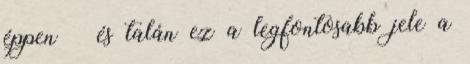
éppen – és talán ez a legfontosabb jele a